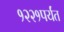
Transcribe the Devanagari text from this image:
१२२१पर्यंत